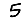
Digit: 5